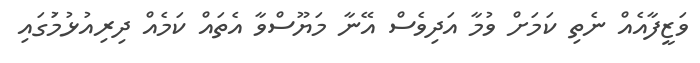
ވަޒީފާއެއް ނެތި ކަމަށް ވުމާ އަދިވެސް އޭނާ މަޔޫސްވާ އެތައް ކަމެއް ދިރިއުޅުމަުގައި